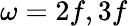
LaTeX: \omega=2f,3f